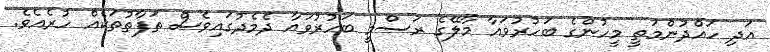
އަދި ހައްދުންމަތީ މީހުންގެ ބަހުރުވައާ މާލޭގެ ރަސްމީ ބަހުރުވައާ ދެމެދުގައިވެސް ތަފާތުތަކެއް ހުރެއެވެ.